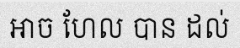
អាច ហែល បាន ដល់